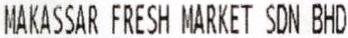
MAKASSAR FRESH MARKET SDN BHD